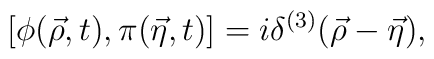
[\phi({\vec\rho},t),\pi({\vec \eta},t)]=i\delta^{(3)}({\vec \rho}-{\vec \eta}),